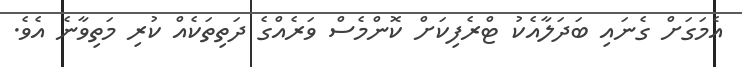
އެމަގަށް ގެނައި ބަދަލާއެކު ޓްރެފިކަށް ކޮންމެސް ވަރެއްގެ ދަތިތަކެއް ކުރި މަތިވާނެ އެވެ.